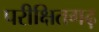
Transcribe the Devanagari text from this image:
परीक्षितगढ़